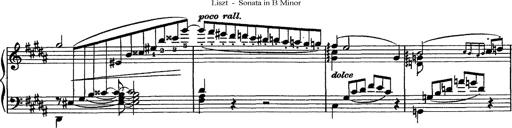
Title: Piano Sonata
Composer: Karl HÃ¤ssler
Key: C major